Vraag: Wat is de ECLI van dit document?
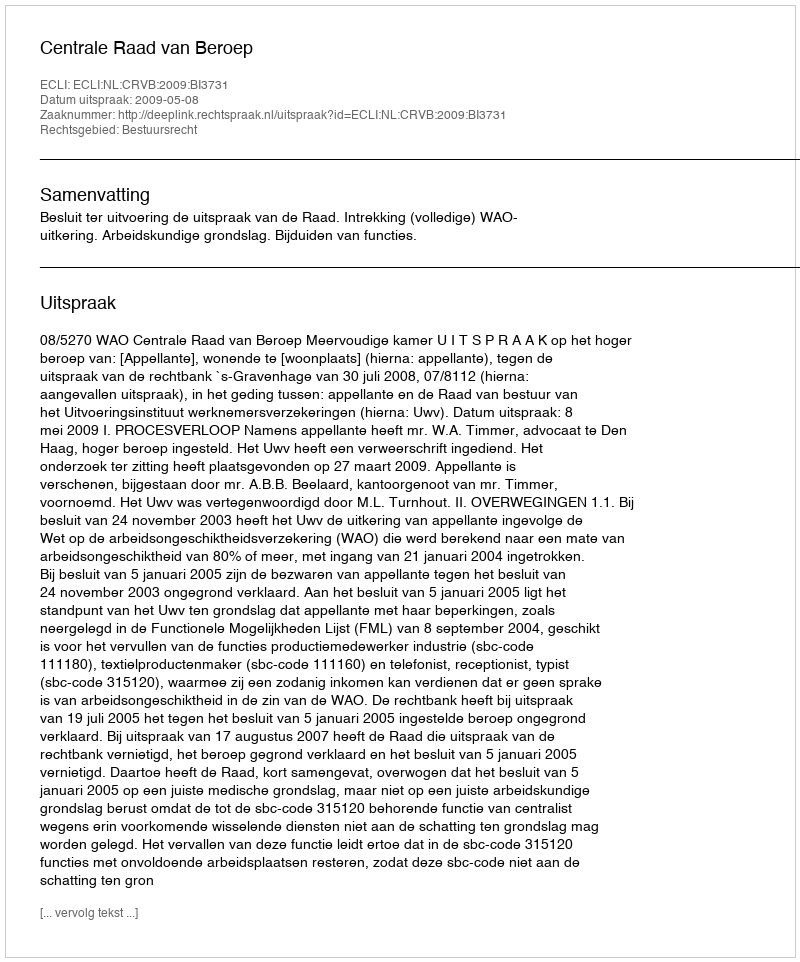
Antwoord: ECLI:NL:CRVB:2009:BI3731